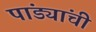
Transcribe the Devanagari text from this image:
पांड्यांची